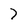
Character: 7